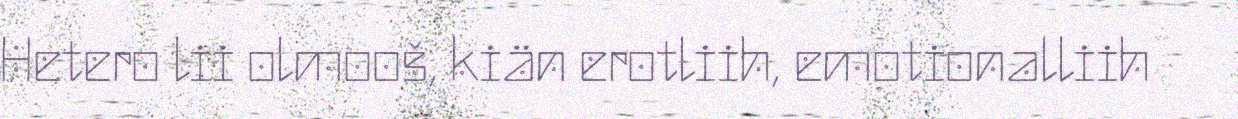
Hetero lii olmooš, kiän erotliih, emotionalliih